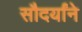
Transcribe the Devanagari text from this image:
सौदर्यांने